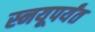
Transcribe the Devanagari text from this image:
स्नयूपर्यंत